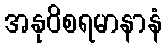
အနုဝိစရမာနာနံ